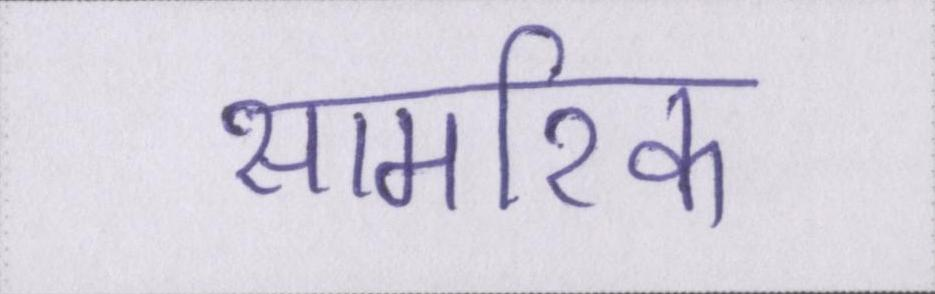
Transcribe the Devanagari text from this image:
सामरिक